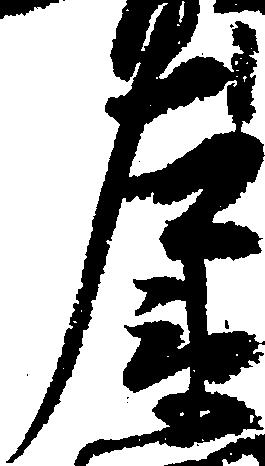
左